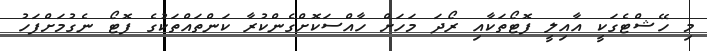
މި ހޭޝްޓެގަކީ އާއިލީ ފޮޓޯތަކާއި ރޯދަ މަހަށް ހާއްސަކޮށްގެންކުރާ ކަންތައްތަކުގެ ފޮޓޯ ނެގުމަށްފަހު